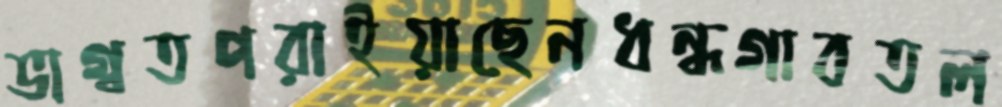
ভাগ্বতপরাইয়াছেনধন্ধগাবতল